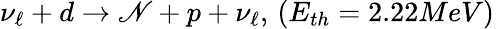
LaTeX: \nu_{\ell}+d\rightarrow\mathscr{N}+p+\nu_{\ell},\, (E_{th}=2.22MeV)\,